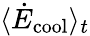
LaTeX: \langle\dot{E}_{\mathrm{cool}}\rangle_{t}